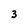
Character: 3